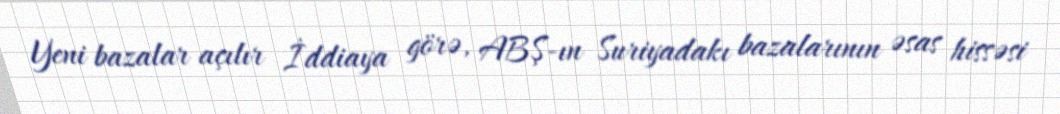
Yeni bazalar açılır İddiaya görə, ABŞ-ın Suriyadakı bazalarının əsas hissəsi